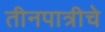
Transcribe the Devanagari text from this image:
तीनपात्रीचे